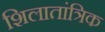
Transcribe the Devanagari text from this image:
शिलातांत्रिक